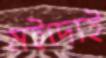
মইদ্যেই